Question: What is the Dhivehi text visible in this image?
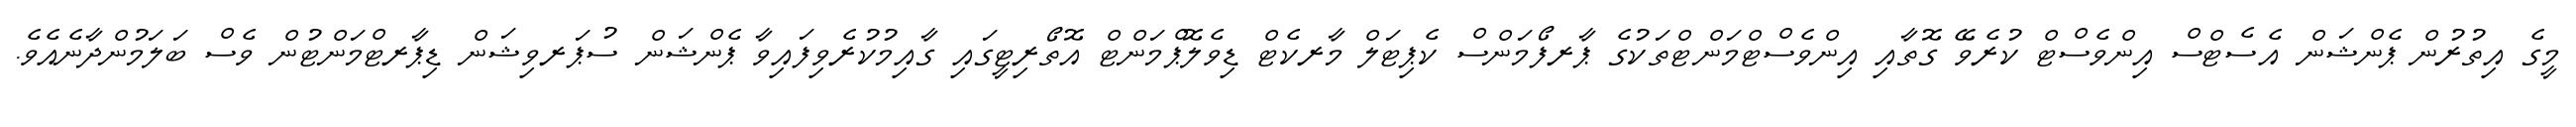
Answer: މީގެ އިތުރުން ޕެންޝަން އެސެޓްސް އިންވެސްޓް ކުރެވޭ ގޮތާއި އިންވެސްޓްމަންޓްތަކުގެ ޕާރފޯމަންސް ކެޕިޓަލް މާރކެޓް ޑިވެލޮޕްމަންޓް އޮތޯރިޓީގައި ގާއިމުކުރެވިފައިވާ ޕެންޝަން ސުޕަރވިޝަން ޑިޕާރޓްމަންޓުން ވެސް ބަލަމުންދާނެއެވެ.